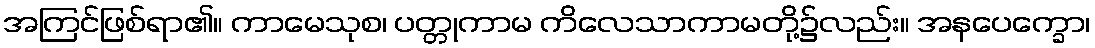
အကြင်ဖြစ်ရာ၏။ ကာမေသုစ၊ ပတ္တုကာမ ကိလေသာကာမတို့၌လည်း။ အနပေက္ခော၊